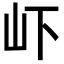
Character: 𭖄